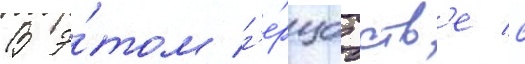
В э́том г'е́рцогств'е с